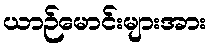
ယာဉ်မောင်းများအား